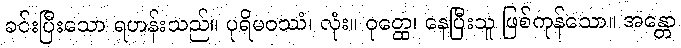
ခင်းပြီးသော ရဟန်းသည်။ ပုရိမဝဿံ၊ လုံး။ ဝုတ္ထေ၊ နေပြီးသူ ဖြစ်ကုန်သော။ အန္တော